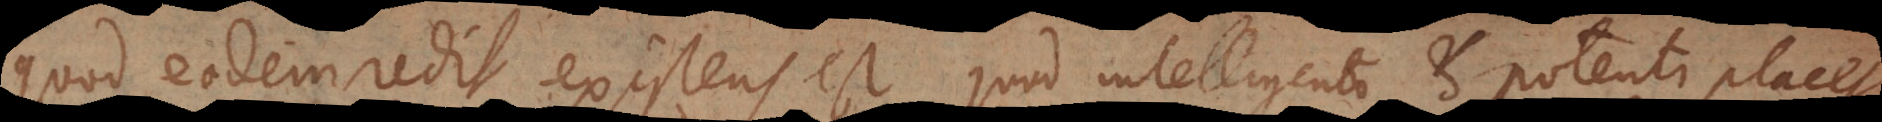
quod eodem redit, existens est quod intelligenti et potenti placet,